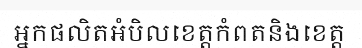
អ្នកផលិតអំបិលខេត្តកំពតនិងខេត្ត